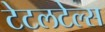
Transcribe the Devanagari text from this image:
टेटलटेल्स